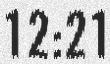
12:21